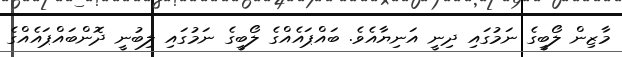
މާޒިން ލޯބީގެ ނަމުގައި ދިނީ އަނިޔާއެވެ. ބައްޕައެއްގެ ލޯބީގެ ނަމުގައި ލިބުނީ ދޮންބައްޕައެއްގެ